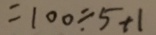
= 1 0 0 \div 5 + 1